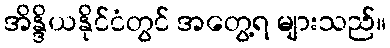
အိန္ဒိယနိုင်ငံတွင် အတွေ့ရ များသည်။